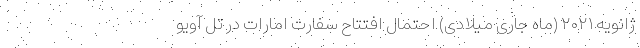
ژانویه ۲۰۲۱ (ماه جاری میلادی) احتمال افتتاح سفارت امارات در تل آویو